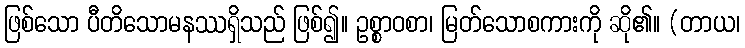
ဖြစ်သော ပီတိသောမနဿရှိသည် ဖြစ်၍။ ဥစ္စာဝစာ၊ မြတ်သောစကားကို ဆို၏။ (တာယ၊